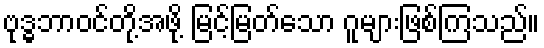
ဗုဒ္ဓဘာဝင်တို့အဖို့ မြင့်မြတ်သော ဂူများဖြစ်ကြသည်။